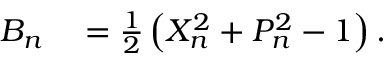
\begin{array} { r l } { B _ { n } } & { { } = \frac { 1 } { 2 } \left( X _ { n } ^ { 2 } + P _ { n } ^ { 2 } - 1 \right) . } \end{array}